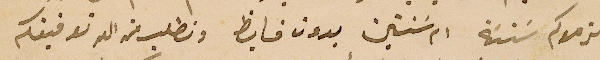
يلزموكم سَنة ام سَنتين بدون فايظ ونطلب من الله توفيقكم